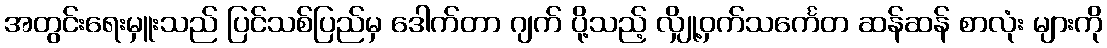
အတွင်းရေးမှူးသည် ပြင်သစ်ပြည်မှ ဒေါက်တာ ဂျက် ပို့သည့် လျှို့ဝှက်သင်္ကေတ ဆန်ဆန် စာလုံး များကို